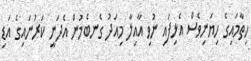
ހިތާމައިގެ ހިޔަނިވެސް އެޅިފައި ނުވި އާއިލާ މިއަދު ގެނބެމުން އެދަނީ ކަރުނައިގެ އަޑި